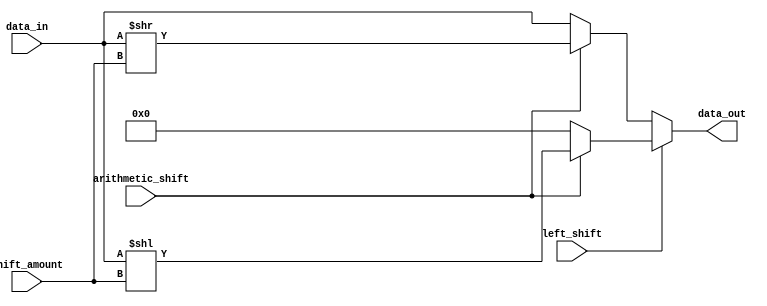
module Hybrid_Barrel_Shifter (
    input wire [7:0] data_in,
    input wire [2:0] shift_amount,
    input wire left_shift,
    input wire arithmetic_shift,
    output reg [7:0] data_out
);

always @(*) begin
    if (left_shift) begin
        if (arithmetic_shift) begin
            data_out = data_in << shift_amount;
        end else begin
            data_out = {data_in[(7-shift_amount):0], 8'h00};
        end
    end else begin
        if (arithmetic_shift) begin
            data_out = data_in >> shift_amount;
        end else begin
            data_out = {8'h00, data_in[(7-shift_amount):0]};
        end
    end
end

endmodule